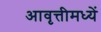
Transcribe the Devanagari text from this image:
आवृत्तीमध्यें